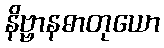
နိဗ္ဗာနဓာတုယော